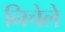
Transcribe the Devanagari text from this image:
निचेले